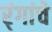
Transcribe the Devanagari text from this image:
र्ंगांचे